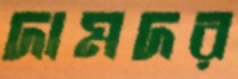
দামদর